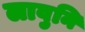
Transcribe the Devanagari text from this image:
लावुनि